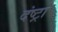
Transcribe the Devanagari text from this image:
दंष्ट्रा